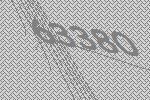
63380